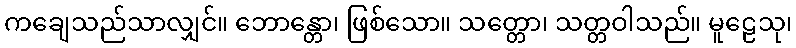
ကချေသည်သာလျှင်။ ဘောန္တော၊ ဖြစ်သော။ သတ္တော၊ သတ္တဝါသည်။ မူဠေသု၊